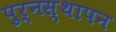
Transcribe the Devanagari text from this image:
पुर्नस्थापन